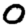
Digit: 0